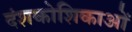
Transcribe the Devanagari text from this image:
दंशकोशिकाओं